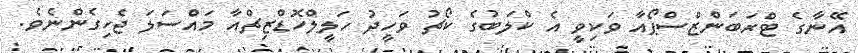
އޭނާގެ ޓްރަބަންޒްސްޕޯއާ ވަކިވީ އެ ކްލަބުގެ ކޯޗު ވަހީދު ހަލީލްހޮޑްޒިޗްއާ މައްސަލަ ޖެހިގެންނެވެ.